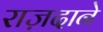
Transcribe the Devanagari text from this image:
राज़दाने